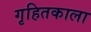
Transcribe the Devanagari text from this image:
गृहितकाला